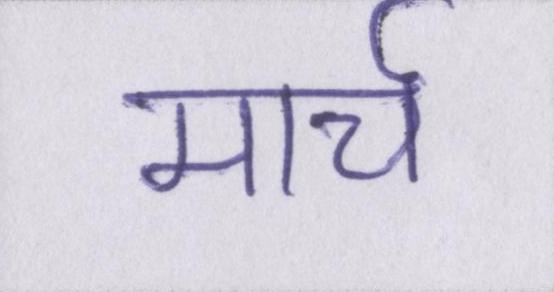
मार्च